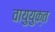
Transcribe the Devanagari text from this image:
वायुयुक्त